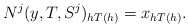
\begin{align*} N^j(y,T,S^j)_{h T(h)} = x_{h T(h)}. \end{align*}